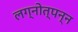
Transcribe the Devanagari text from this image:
लग्नोत्पन्न